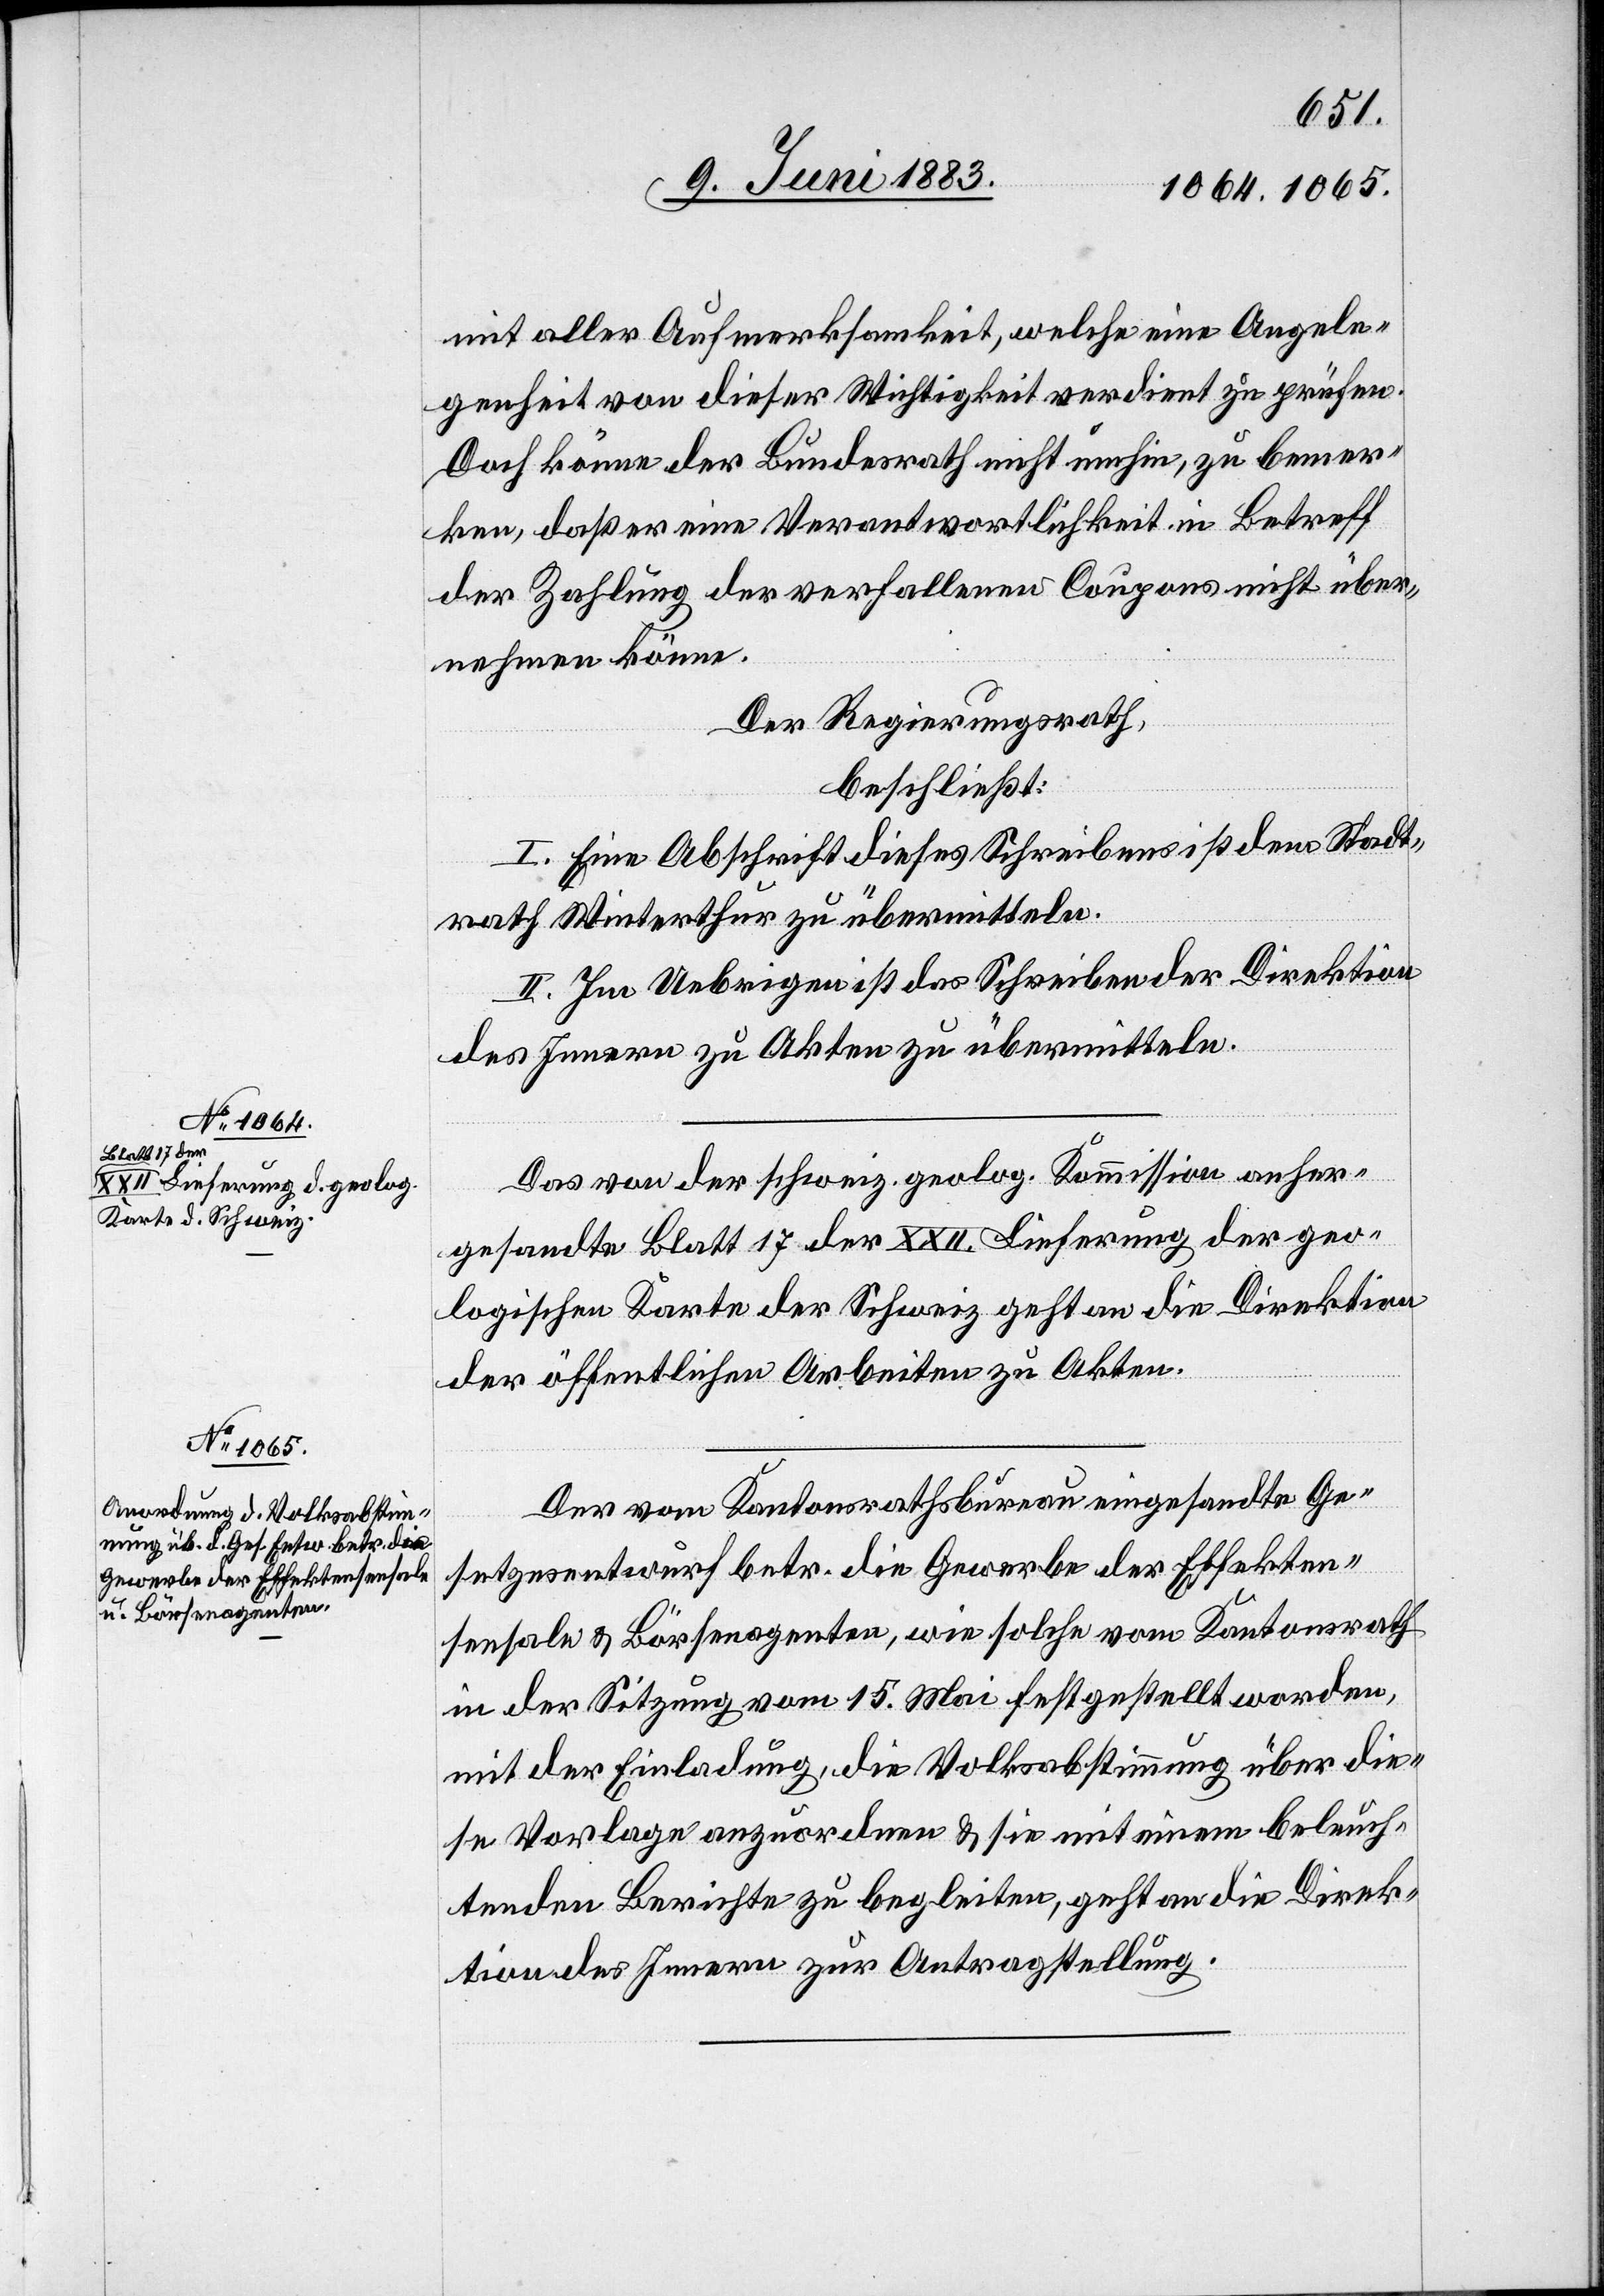
mit aller Aufmerksamkeit, welche eine Angele¬
genheit von dieser Wichtigkeit verdient zu prüfen.
Doch könne der Bundesrath nicht umhin, zu bemer¬
ken, daß er eine Verantwortlichkeit in Betreff
der Zahlung der verfallenen Coupons nicht über¬
nehmen könne.
Der Regierungsrath,
beschließt:
I. Eine Abschrift dieses Schreibens ist dem Stadt¬
rath Winterthur zu übermitteln.
II. Im Uebrigen ist das Schreiben der Direktion
des Innern zu Akten zu übermitteln.
Das von der schweiz. geolog. Kommission anher¬
gesandte Blatt 17 der XXII. Lieferung der geo¬
logischen Karte der Schweiz geht an die Direktion
der öffentlichen Arbeiten zu Akten.
Der vom Kantonsrathsbureau eingesandte Ge¬
setzesentwurf betr. die Gewerbe der Effekten¬
sensale & Börsenagenten, wie solche vom Kantonsrath
in der Sitzung vom 15. Mai festgestellt worden,
mit der Einladung, die Volksabstimmung über die¬
se Vorlage anzuordnen & sie mit einem beleuch¬
tenden Berichte zu begleiten, geht an die Direk¬
tion des Innern zur Antragstellung.